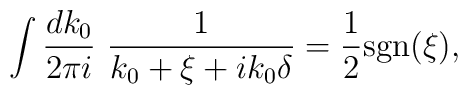
\int \frac{dk_{0} }{2\pi i}\ \frac{1}{k_{0} +\xi +    ik_{0} \delta} =\frac{1}{2} {\rm sgn} (\xi ),